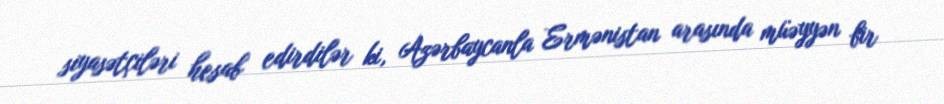
siyasətçiləri hesab edirdilər ki, Azərbaycanla Ermənistan arasında müəyyən bir